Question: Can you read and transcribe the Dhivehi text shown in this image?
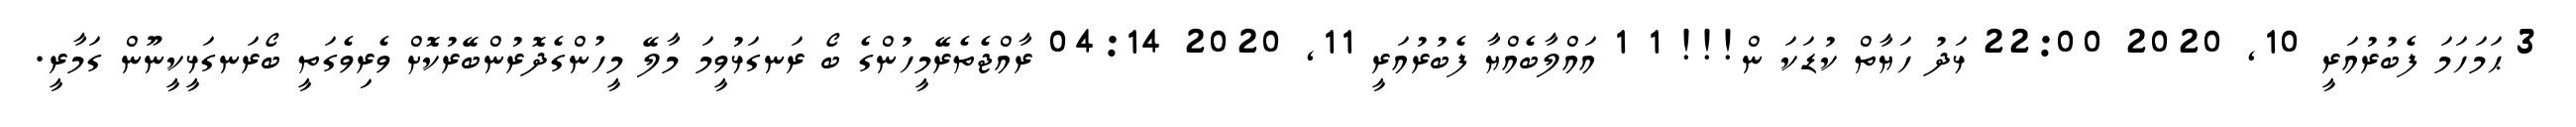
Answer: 3 ޙަމަހަމަ ފެބުރުއަރީ 10, 2020 22:00 ޅަދު ހަޔާތް ކުޑަކަ ން!!! 1 1 އައްލާބެއްޔާ ފެބުރުއަރީ 11, 2020 04:14 ރާއްޖެތެރޭމީހުންގެ ބޯ ރަނގަޅުވީމަ މާލޭ މީހުންގެދޮރުންބޭރުކޮށް ވެރިވެގަތީ ބޯރަނގަޅީކީނޫން ގަމާރީ.